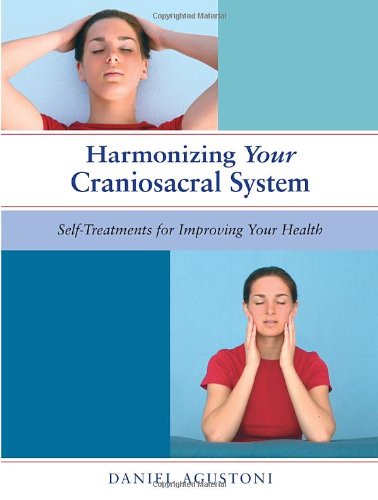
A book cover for Harmonizing Your Craniosacral System: Self-Treatments for Improving Your Health; Daniel Agustoni; Health, Fitness & Dieting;